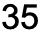
35